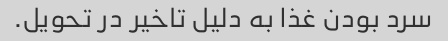
سرد بودن غذا به دلیل تاخیر در تحویل.